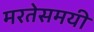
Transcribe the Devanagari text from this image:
मरतेसमयी